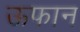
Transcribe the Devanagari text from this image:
ऊफान